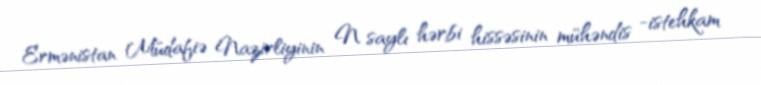
Ermənistan Müdafiə Nazirliyinin N saylı hərbi hissəsinin mühəndis -istehkam